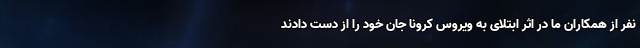
نفر از همکاران ما در اثر ابتلای به ویروس کرونا جان خود را از دست دادند